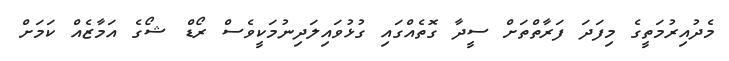
މެދުއިރުމަތީގެ މިފަދަ ފަރާތްތަށް ސީދާ ގޮތެއްގައި ގުޅުވައިލަދިނުމަކީވެސް ރޯޑް ޝޯގެ އަމާޒެއް ކަމަށް